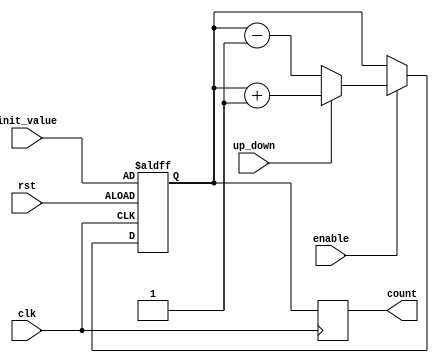
module UpDownCounter(
    input wire clk,
    input wire rst,
    input wire up_down,
    input wire enable,
    input wire [3:0] init_value,
    output reg [3:0] count
);

reg [3:0] state;

always @(posedge clk or posedge rst) begin
    if (rst) begin
        state <= init_value;
    end else if (enable) begin
        if (up_down) begin // Counter is counting up
            state <= state + 1;
        end else begin // Counter is counting down
            state <= state - 1;
        end
    end
end

always @(posedge clk) begin
    count <= state;
end

endmodule